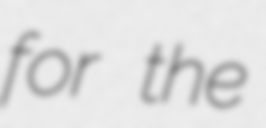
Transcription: for the